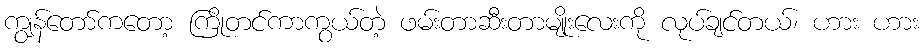
ကျွန်တော်ကတော့ ကြိုတင်ကာကွယ်တဲ့ ဖမ်းတာဆီးတာမျိုးလေးကို လုပ်ချင်တယ်၊ ဟား ဟား